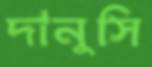
দানুসি